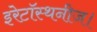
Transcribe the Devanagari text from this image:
इरेटॉस्थनीज।